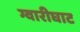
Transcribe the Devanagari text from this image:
ग्वारीघाट